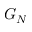
G _ { N }